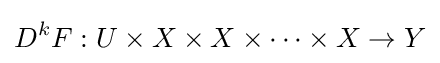
D^{k}F:U\times X\times X\times \cdots \times X\to Y